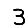
Digit: 3